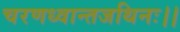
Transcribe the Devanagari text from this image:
चरणध्वान्तजथिनः।।